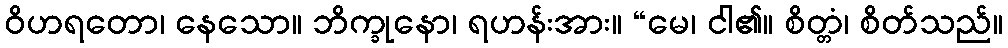
ဝိဟရတော၊ နေသော။ ဘိက္ခုနော၊ ရဟန်းအား။ “မေ၊ ငါ၏။ စိတ္တံ၊ စိတ်သည်။